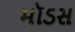
મૉડસ